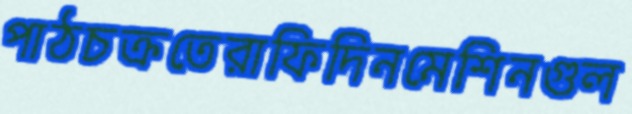
পাঠচক্রতেরাফিদিনমেশিনগুল